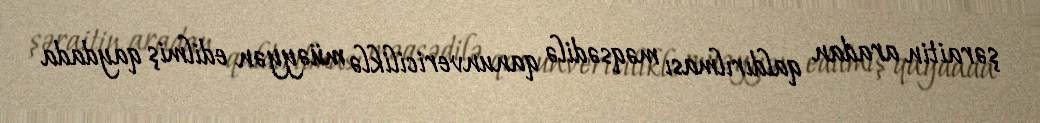
şəraitin aradan qaldırılması məqsədilə qanunvericiliklə müəyyən edilmiş qaydada